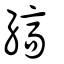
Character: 縞